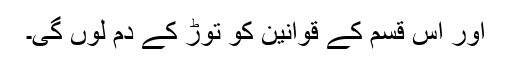
اور اس قسم کے قوانین کو توڑ کے دم لوں گی۔